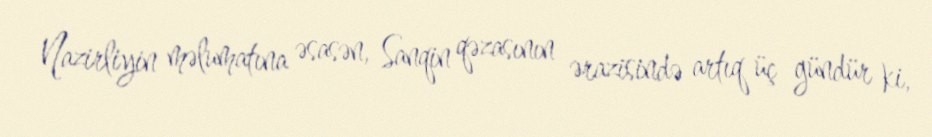
Nazirliyin məlumatına əsasən, Sanqin qəzasının ərazisində artıq üç gündür ki,